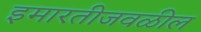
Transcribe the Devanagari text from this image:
इमारतीजवळील